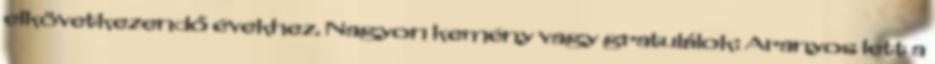
elkövetkezendő évekhez. Nagyon kemény vagy gratulálok: Aranyos lett a